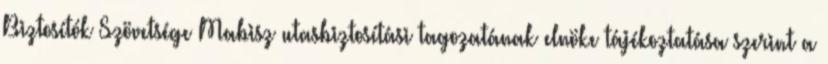
Biztosítók Szövetsége Mabisz utasbiztosítási tagozatának elnöke tájékoztatása szerint a